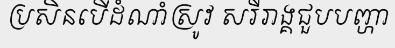
ប្រសិនបើដំណាំស្រូវ សរីរាង្គជួបបញ្ហា